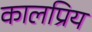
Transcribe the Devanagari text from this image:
कालप्रिय